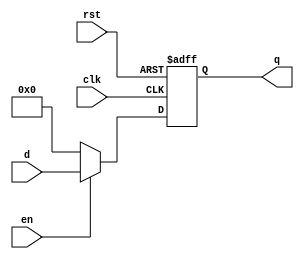
`timescale 1ns / 1ps

module Reg #(parameter WIDTH = 4)
(input wire clk, rst, en, input wire [WIDTH-1:0] d, output reg [WIDTH-1:0] q);
// asynchronous, active HIGH reset w. enable input
    always @(posedge clk, posedge rst)
        if (rst) q <= 0;
        else if (!en) q <= 0;
        else if (en) q <= d;
        else q <= q;
endmodule